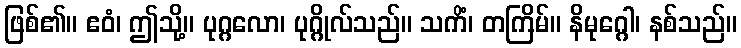
ဖြစ်၏။ ဧဝံ၊ ဤသို့။ ပုဂ္ဂလော၊ ပုဂ္ဂိုလ်သည်။ သကိံ၊ တကြိမ်။ နိမုဂ္ဂေါ၊ နစ်သည်။